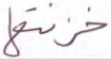
خزنتها